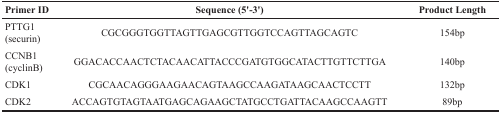
<table><thead><tr><td><b>Primer ID</b></td><td><b>Sequence (5&#x27;-3&#x27;)</b></td><td><b>Product Length</b></td></tr></thead><tbody><tr><td>PTTG1(securin)</td><td>CGCGGGTGGTTAGTTGAGCGTTGGTCCAGTTAGCAGTC</td><td>154bp</td></tr><tr><td>CCNB1(cyclinB)</td><td>GGACACCAACTCTACAACATTACCCGATGTGGCATACTTGTTCTTGA</td><td>140bp</td></tr><tr><td>CDK1</td><td>CGCAACAGGGAAGAACAGTAAGCCAAGATAAGCAACTCCTT</td><td>132bp</td></tr><tr><td>CDK2</td><td>ACCAGTGTAGTAATGAGCAGAAGCTATGCCTGATTACAAGCCAAGTT</td><td>89bp</td></tr></tbody></table>